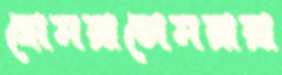
হোমরাচোমরারা